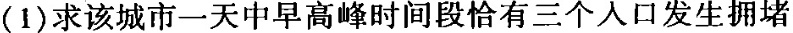
(1)求该城市一天中早高峰时间段恰有三个人口发生拥堵